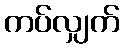
ကပ်လျှက်